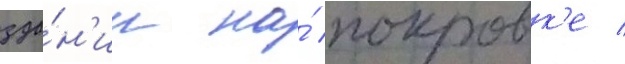
зда́н'ии на́ покровк'е /